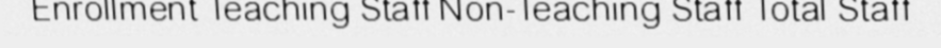
Enrollment Teaching Staff Non-Teaching Staff Total Staff